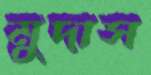
মুদাস